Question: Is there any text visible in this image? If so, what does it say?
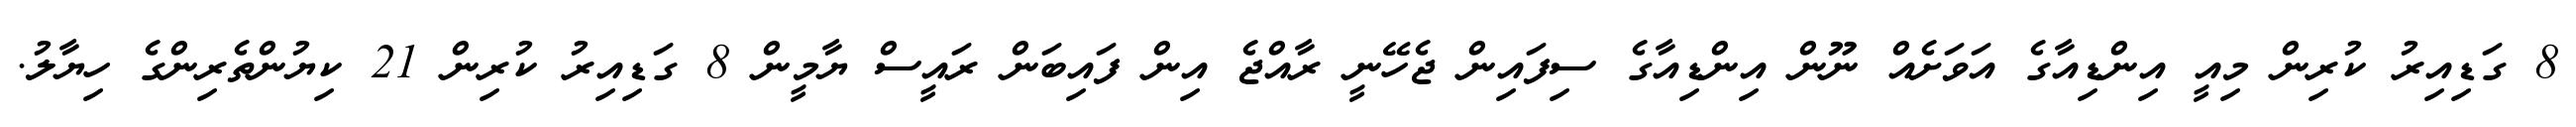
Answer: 8 ގަޑިއިރު ކުރިން މިއީ އިންޑިއާގެ އަވަށެއް ނޫން އިންޑިއާގެ ސިފައިން ޖެހޭނީ ރާއްޖެ އިން ފައިބަން ރައީސް ޔާމީން 8 ގަޑިއިރު ކުރިން 21 ކިޔުންތެރިންގެ ހިޔާލު.